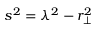
s ^ { 2 } = \lambda ^ { 2 } - r _ { \bot } ^ { 2 }